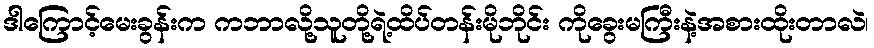
ဒါကြောင့်မေးခွန်းက ကဘာလို့သူတို့ရဲ့ထိပ်တန်းမိုဘိုင်း ကိုခွေးမကြီးနဲ့အစားထိုးတာလဲ၊